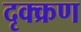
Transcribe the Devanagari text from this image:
दृक्क्रण